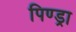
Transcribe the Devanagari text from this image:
पिण्‍ड्रा